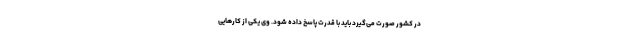
در کشور صورت می‌گیرد باید با قدرت پاسخ داده شود. وی یکی از کارهایی